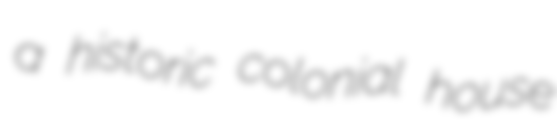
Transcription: a historic colonial house